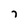
Character: 7